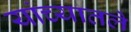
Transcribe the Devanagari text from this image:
यांच्यातले